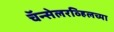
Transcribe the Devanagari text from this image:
चॅन्सेलरव्हिलच्या